King Institute of Preventive Medicine Micro-Biological Section reports 1909-11
Year: 1909
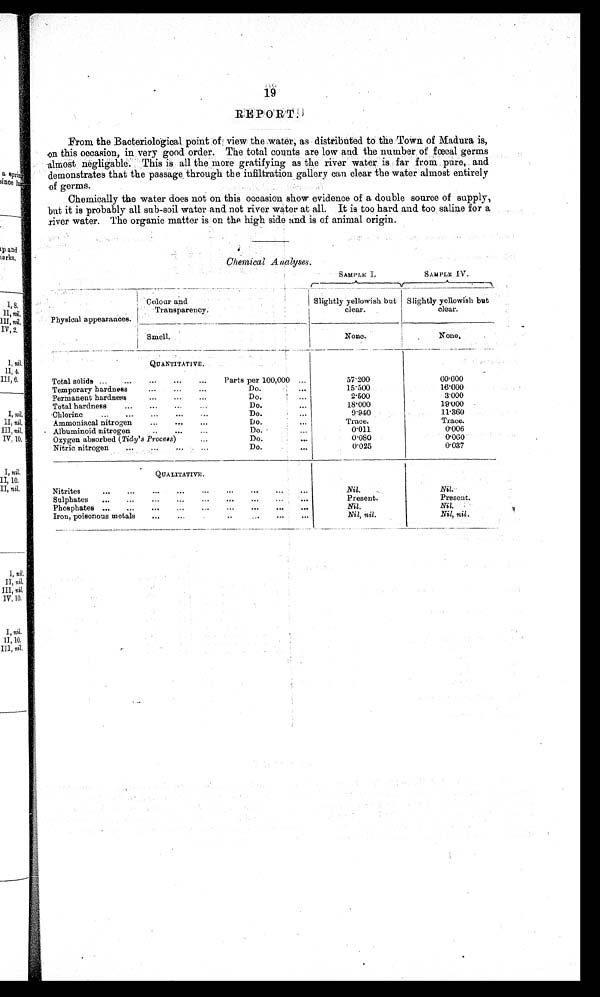
19
REPORT.
From the Bacteriological point of view the water, as distributed to the Town of Madura is,
on this occasion, in very good order. The total counts are low and the number of fœcal germs
almost negligable. This is all the more gratifying as the river water is far from pure, and
demonstrates that the passage, through the infiltration gallery can clear the water almost entirely
of germs.
Chemically the water does not on this occasion show evidence of a double source of supply,
but it is probably all sub-soil water and not river water at all. It is too hard and too saline for a
river water. The organic matter is on the high side and is of animal origin.
Chemical Arialyses
SAMP LE .I.
SAMPLE IV.
Physical appearances .
Colour and
T r a n s p a r e n c y .
Slightly yellowish but
clear.
Slightly yellowish but
clear.
Smell.
None.
None.
QUANTITATIVE.
Total solids
Parts per 100,000
57·200
60·600
Temporary hardness
Do.
15·500
16·000
Permanent hardness
Do.
2·500
3·000
Total hardness
Do.
1 8 · 0 0 0
19·000
Chlorine
Do.
9·940
11·360
Ammoniacal nitrogen
Do.
Trace.
Trace.
Albuminoid nitrogen
Do.
0·011
0·006
Oxygen absorbed ( Tidy's Process)
Do.
0·080
0·060
Nitric nitrogen
Do.
0·025
0·037
QUALITATIVE.
Nitrites
Nil.
N i l .
Sulphates
Present.
Present.
Phosphates
Nil.
Nil.
Iron, poisonous metals
Nil, nil .
Nil, nil .